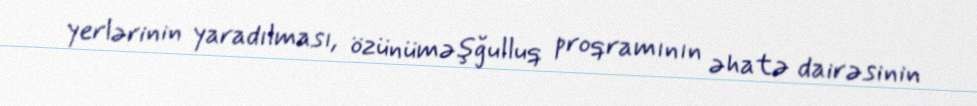
yerlərinin yaradılması, özünüməşğulluq proqramının əhatə dairəsinin